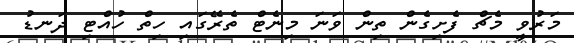
މަރުވީ މެޗް ފެށިގެން ތިން ވަނަ މިނެޓް ތެރޭގައި ހިތް ހުއްޓި ދަނޑު